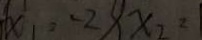
x _ { 1 } , - 2 8 x _ { 2 } ^ { 2 }